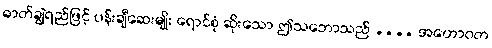
ဓာတ်ချွဲရည်ဖြင့် ပန်းချီဆေးမျိုး ရောင်စုံ ဆိုးသော ဤသဘောသည် .... အဟောဝတ